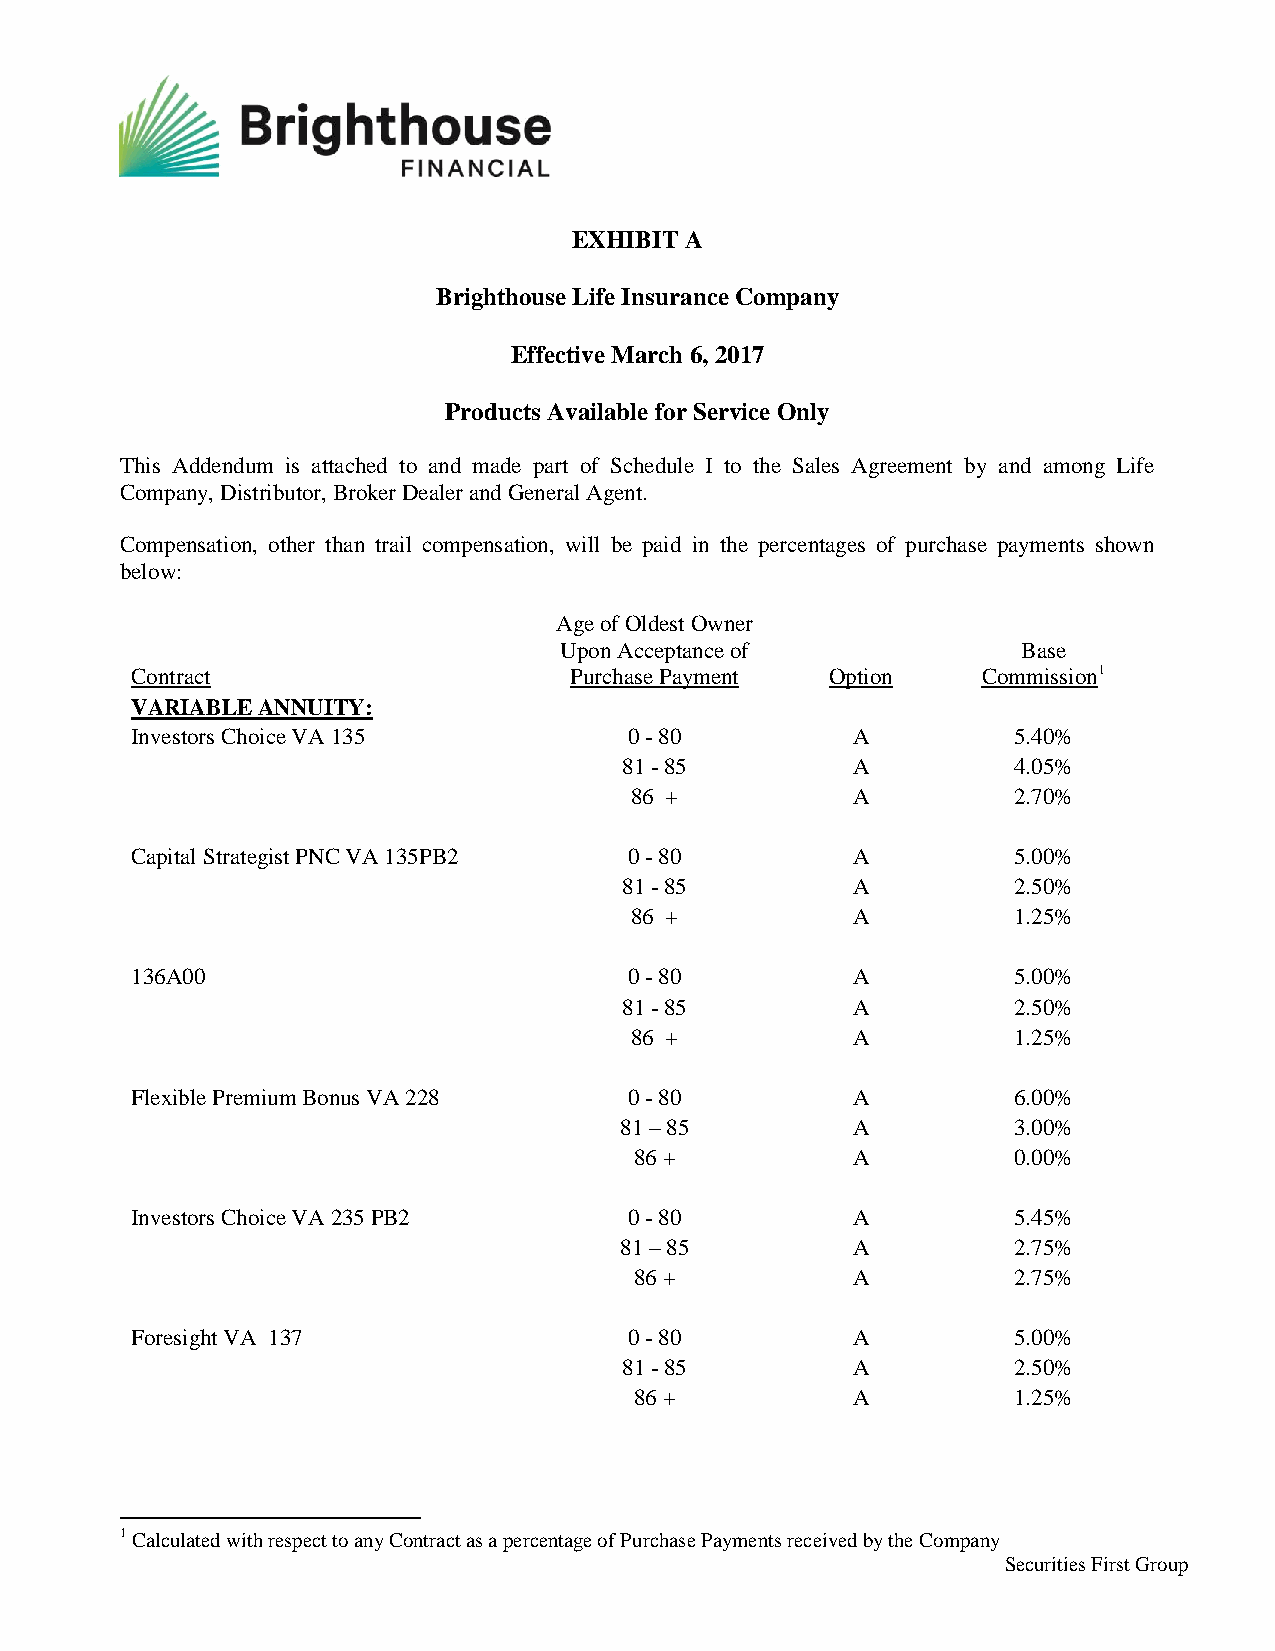
EXHIBIT A
 Brighthouse Life Insurance Company
 Effective March 6, 2017
 Products Available for Service Only
 This Addendum is attached to and made part of Schedule I to the Sales Agreement by and among Life
 Company, Distributor, Broker Dealer and General Agent.
 Compensation, other than trail compensation, will be paid in the percentages of purchase payments shown
 below:
 Age of Oldest Owner
 Upon Acceptance of             Base
 Contract                     Purchase Payment Option    Commission1
 VARIABLE ANNUITY:
 Investors Choice VA 135          0 - 80        A          5.40%
 81 - 85        A          4.05%
 86 +          A          2.70%
 Capital Strategist PNC VA 135PB2 0 - 80        A          5.00%
 81 - 85        A          2.50%
 86 +          A          1.25%
 136A00                           0 - 80        A          5.00%
 81 - 85        A          2.50%
 86 +          A          1.25%
 Flexible Premium Bonus VA 228    0 - 80        A          6.00%
 81 – 85        A          3.00%
 86 +          A          0.00%
 Investors Choice VA 235 PB2      0 - 80        A          5.45%
 81 – 85        A          2.75%
 86 +          A          2.75%
 Foresight VA 137                 0 - 80        A          5.00%
 81 - 85        A          2.50%
 86 +          A          1.25%
 1 Calculated with respect to any Contract as a percentage of Purchase Payments received by the Company
 Securities First Group